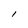
Character: I